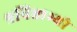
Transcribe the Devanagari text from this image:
श्रविष्ठाभ्यो